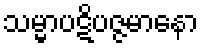
သမ္မာပဋိပဇ္ဇမာနော